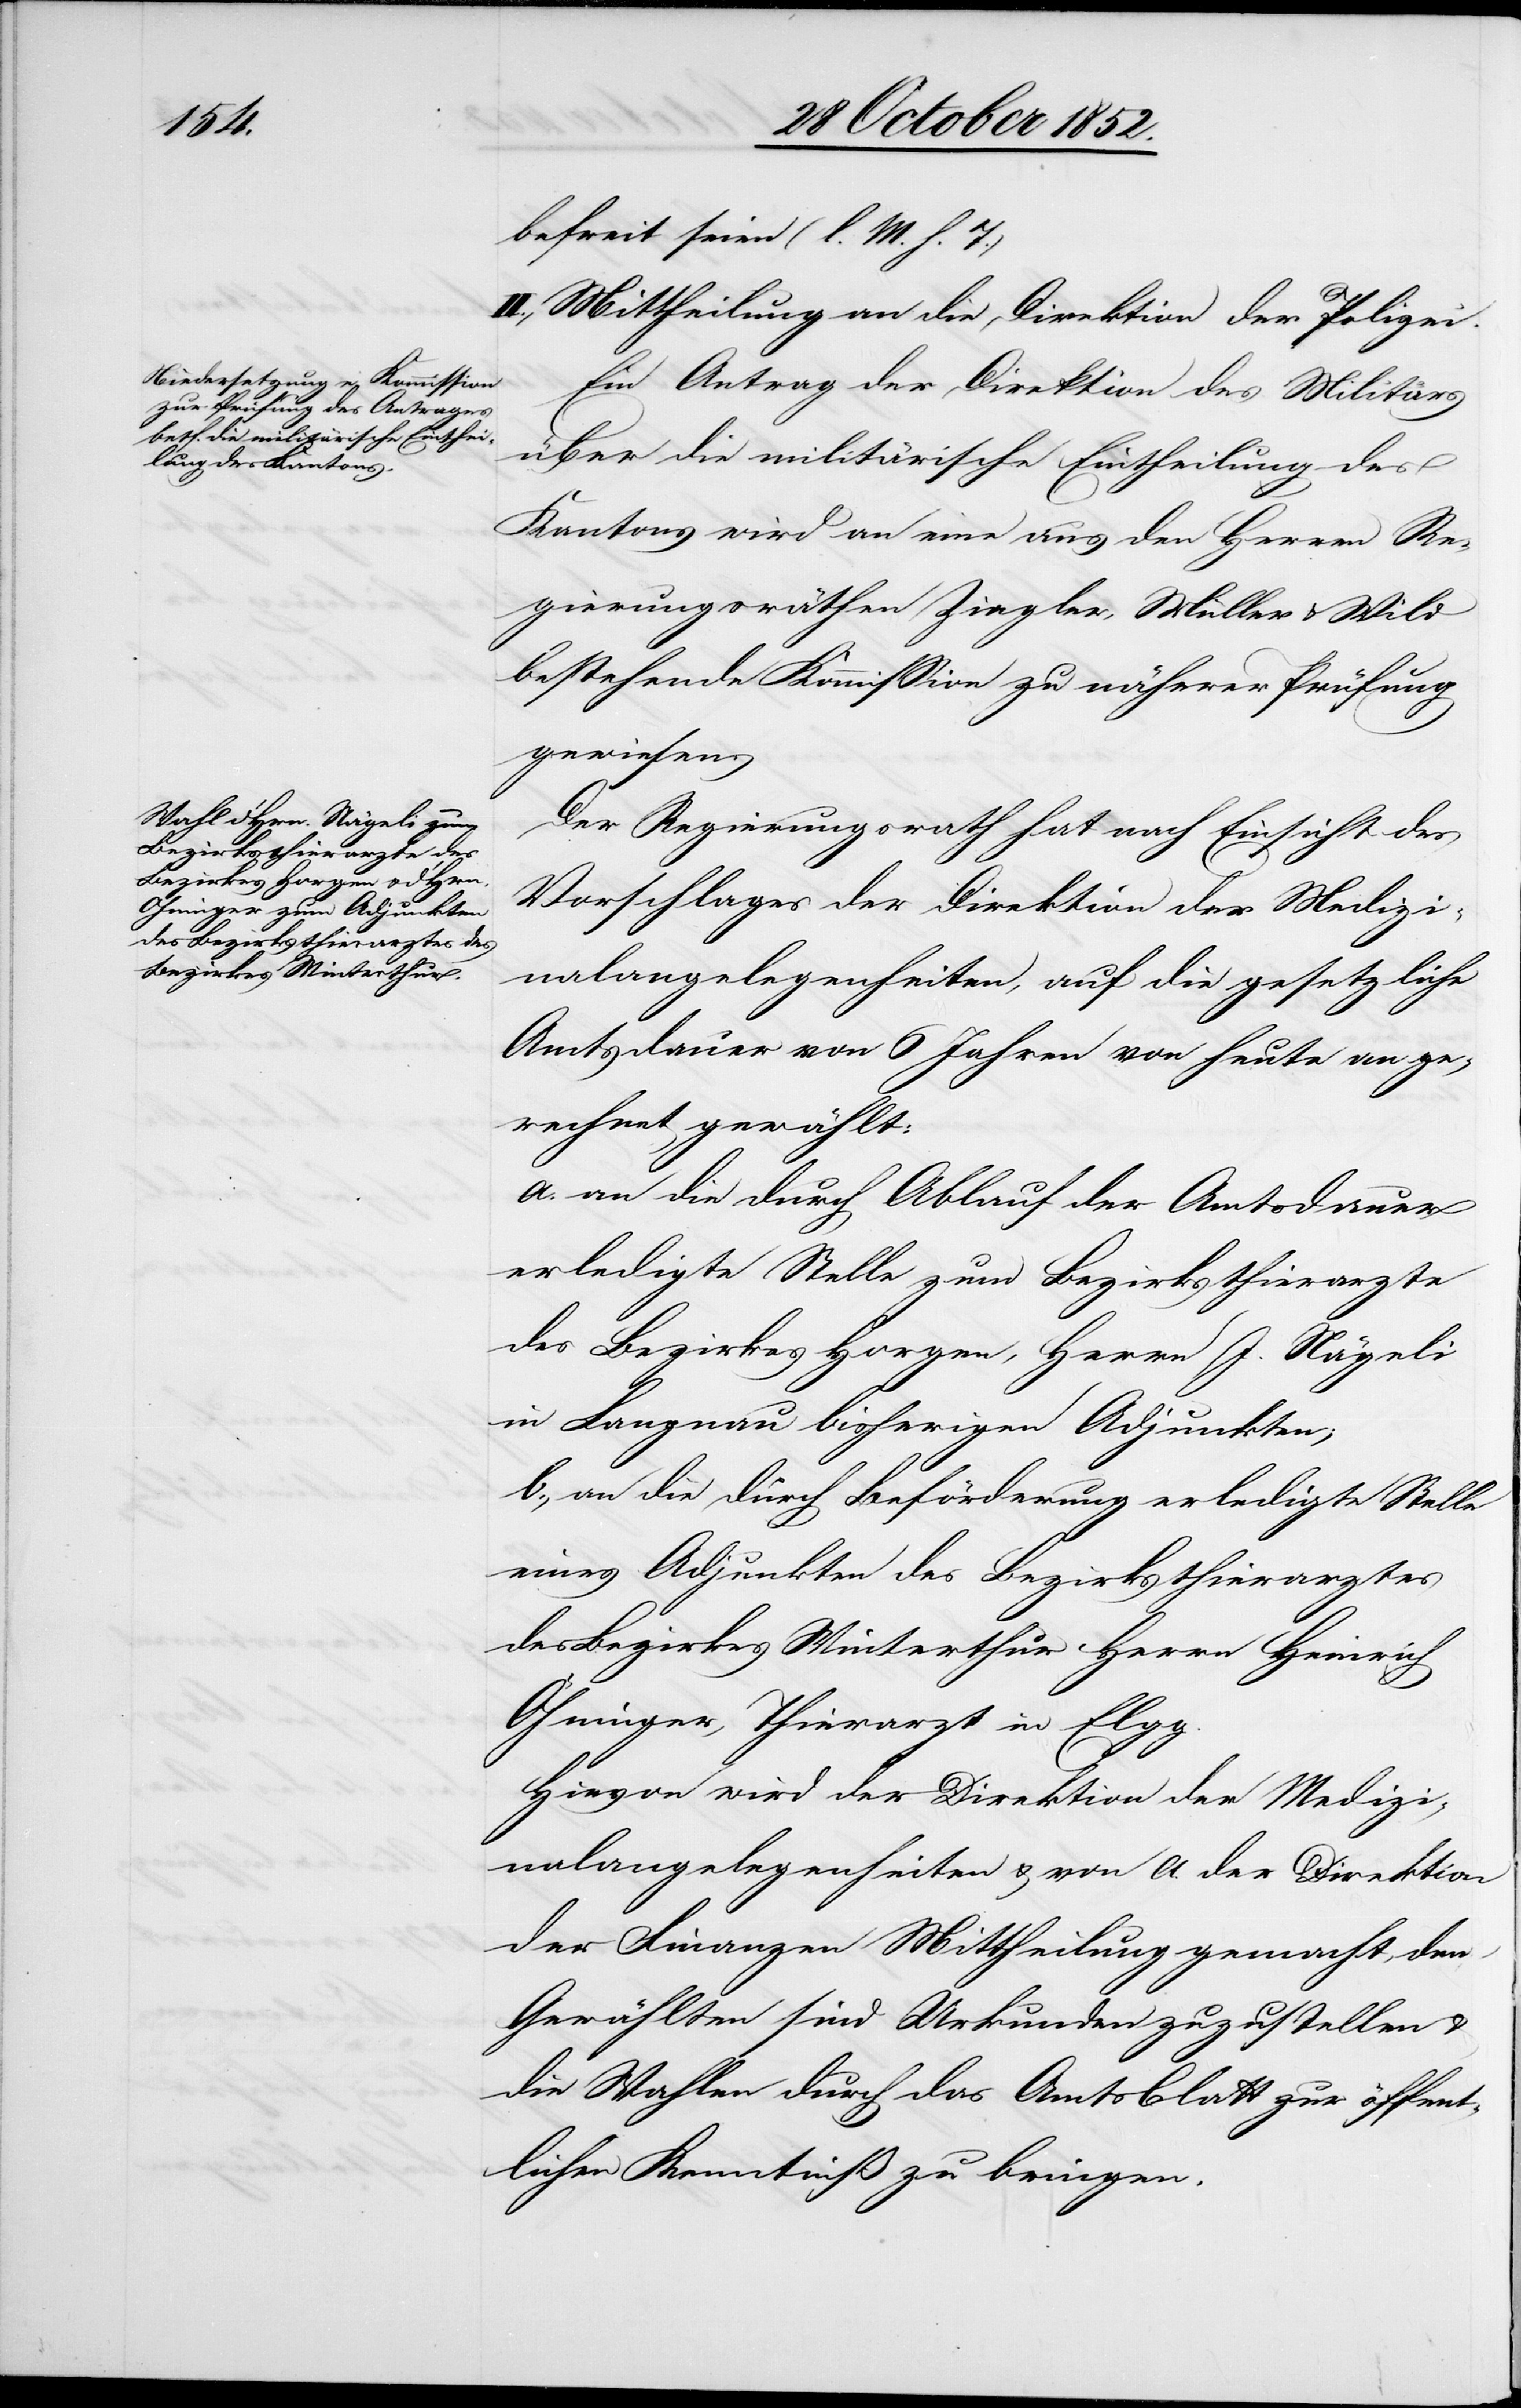
befreit seien (l. M. h. T.)
II., Mittheilung an die Direktion der Polizei.
Ein Antrag der Direktion des Militärs
über die militärische Eintheilung des
Kantons wird an eine aus den Herren Re¬
gierungsräthen Ziegler, Müller & Wild
bestehende Kommission zu näherer Prüfung
gewiesen.
Der Regierungsrath hat nach Einsicht des
Vorschlages der Direktion der Medizi¬
nalangelegenheiten, auf die gesetzliche
Amtsdauer von 6 Jahren von heute an ge¬
rechnet gewählt:
a. an die durch Ablauf der Amtsdauer
erledigte Stelle zum Bezirksthierarzte
des Bezirkes Horgen, Herrn J. Nägeli
in Langnau bisherigen Adjunkten;
b., an die durch Beförderung erledigte Stelle
eines Adjunkten des Bezirksthierarztes
des Bezirkes Winterthur Herrn Heinrich
[sic!], Thierarzt in Elgg.
Hievon wird der Direktion der Medizi¬
nalangelegenheiten & von a. der Direktion
der Finanzen Mittheilung gemacht, den
Gewählten sind Urkunden zuzustellen &
die Wahlen durch das Amtsblatt zur öffent¬
lichen Kenntniß zu bringen.